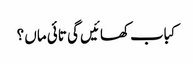
کباب کھائیں گی تائی ماں ؟